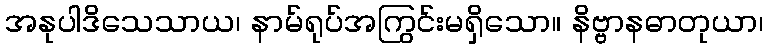
အနုပါဒိသေသာယ၊ နာမ်ရုပ်အကြွင်းမရှိသော။ နိဗ္ဗာနဓာတုယာ၊